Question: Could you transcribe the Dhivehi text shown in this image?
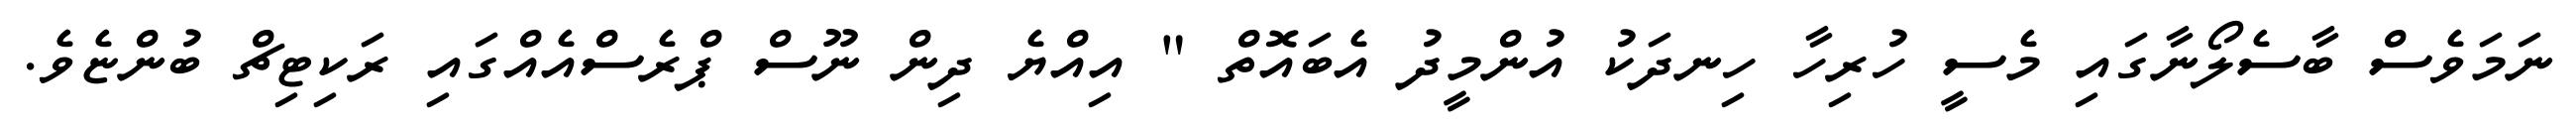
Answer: ނަމަވެސް ބާސެލޯނާގައި މެސީ ހުރިހާ ހިނދަކު އުންމީދު އެބައޮތް " އިއްޔެ ދިން ނޫސް ޕްރެސްއެއްގައި ރަކިޓިޗް ބުންޏެވެ.